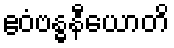
ဧဝံဗန္ဓနီယောတိ